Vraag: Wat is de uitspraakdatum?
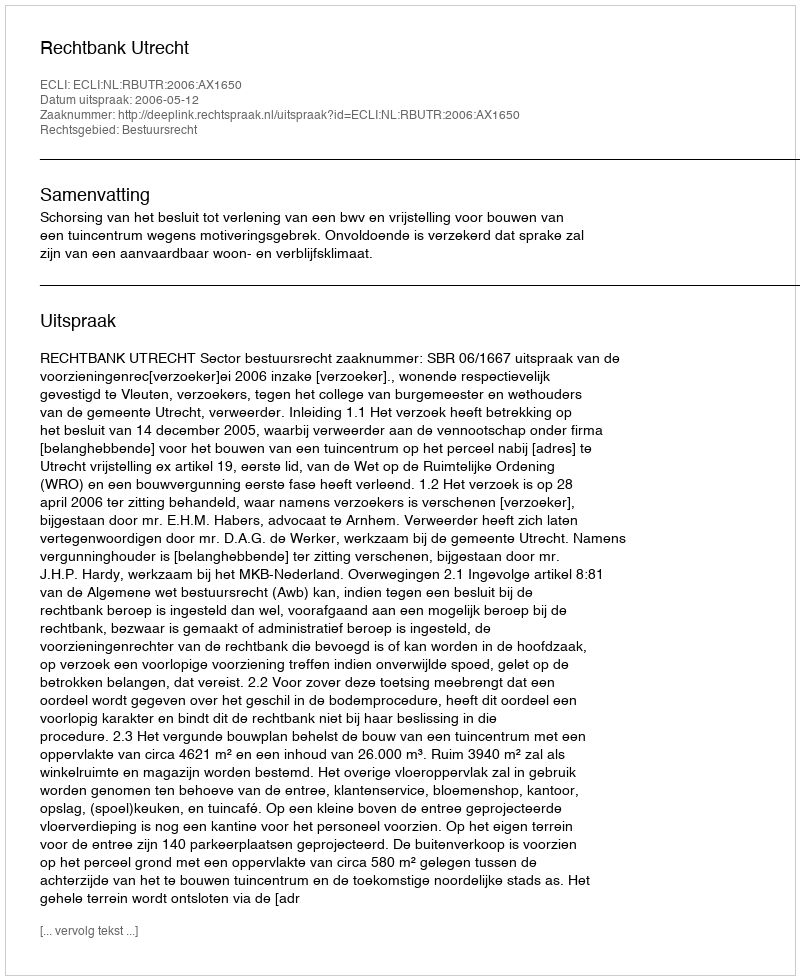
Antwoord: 2006-05-12